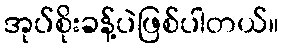
အုပ်စိုးခန့်ပဲဖြစ်ပါတယ်။